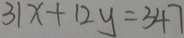
3 1 x + 1 2 y = 3 4 7